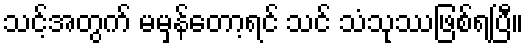
သင့်အတွက် မမှန်တော့ရင် သင် သံသုဿဖြစ်ရပြီ။